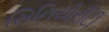
સિનિયોરીટી